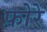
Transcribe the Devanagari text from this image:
फ़ोरे